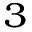
^ { 3 }